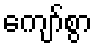
ကျော်စွာ